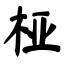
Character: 桠